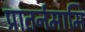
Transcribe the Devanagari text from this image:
प्रातर्नमामि